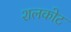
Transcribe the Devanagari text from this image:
शलकोट